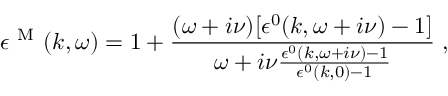
\epsilon ^ { \mathrm { ~ M ~ } } ( k , \omega ) = 1 + \frac { ( \omega + i \nu ) [ \epsilon ^ { 0 } ( k , \omega + i \nu ) - 1 ] } { \omega + i \nu \frac { \epsilon ^ { 0 } ( k , \omega + i \nu ) - 1 } { \epsilon ^ { 0 } ( k , 0 ) - 1 } } \; ,